Civil Veterinary Department Bihar & Orissa reports 1929-36 - 1929-1936
Year: 1929
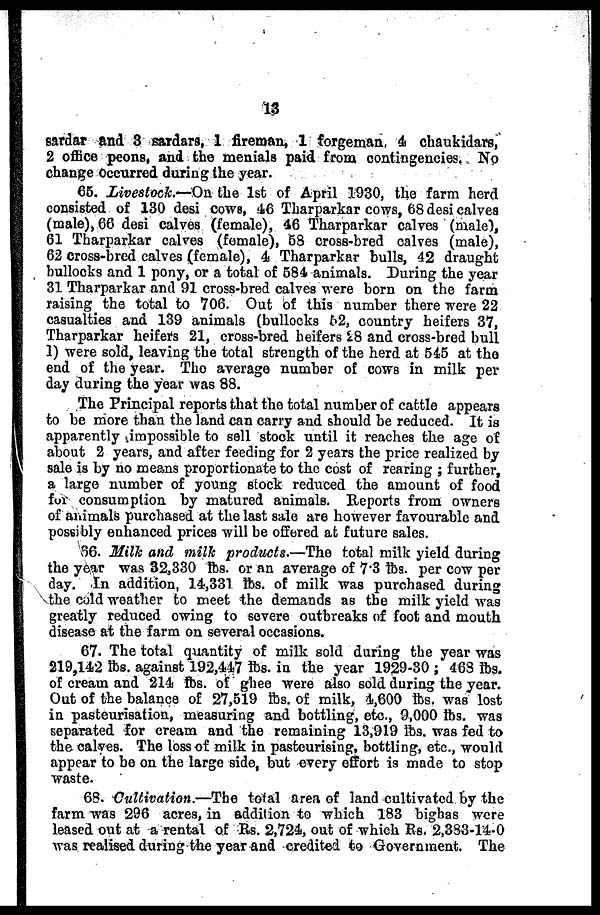
13
sardar and 3 sardars, 1 fireman, 1 forgeman, 4 chaukidars,
2 office peons, and the menials paid from contingencies. No
change Occurred during the year.
65. Livestock.—On the 1st of April 1930, the farm herd
consisted of 130 desi cows, 46 Tharparkar cows, 68 desi calves
(male), 66 desi calves (female), 46 Tharparkar calves (male),
61 Tharparkar calves (female), 58 cross-bred calves (male),
62 cross-bred calves (female), 4 Tharparkar bulls, 42 draught
bullocks and 1 pony, or a total of 584 animals. During the year
31 Tharparkar and 91 cross-bred calves were born on the farm
raising the total to 706. Out of this number there were 22
casualties and 139 animals (bullocks 62, country heifers 37,
Tharparkar heifers 21, cross-bred heifers 28 and cross-bred bull
1) were sold, leaving the total strength of the herd at 545 at the
end of the year. The average number of cows in milk per
day during the year was 88.
The Principal reports that the total number of cattle appears
to be more than the land can carry and should be reduced. It is
apparently impossible to sell stock until it reaches the age of
about 2 years, and after feeding for 2 years the price realized by
sale is by no means proportionate to the cost of rearing ; further,
a large number of young stock reduced the amount of food
for consumption by matured animals. Reports from owners
of animals purchased at the last sale are however favourable and
possibly enhanced prices will be offered at future sales.
66. Milk and milk products.—The total milk yield during
the year was 32,330 lbs. or an average of 7.3 lbs. per cow per
day. In addition, 14,331 lbs. of milk was purchased during
the cold weather to meet the demands as the milk yield was
greatly reduced owing to severe outbreaks of foot and mouth
disease at the farm on several occasions.
67. The total quantity of milk sold during the year was
219,142 lbs. against 192,447 lbs. in the year 1929-30 ; 463 lbs.
of cream and 214 lbs. of ghee were also sold during the year.
Out of the balance of 27,519 lbs. of milk, 4,600 lbs. was lost
in pasteurisation, measuring and bottling, etc., 9,000 lbs. was
separated for cream and the remaining 13,919 lbs. was fed to
the calves. The loss of milk in pasteurising, bottling, etc., would
appear to be on the large side, but every effort is made to stop
waste.
68. Cultivation.—The total area of land cultivated by the
farm was 296 acres, in addition to which 183 bighas were
leased out at a rental of Rs. 2,724, out of which Rs. 2,383-14-0
was realised during the year and credited to Government. The